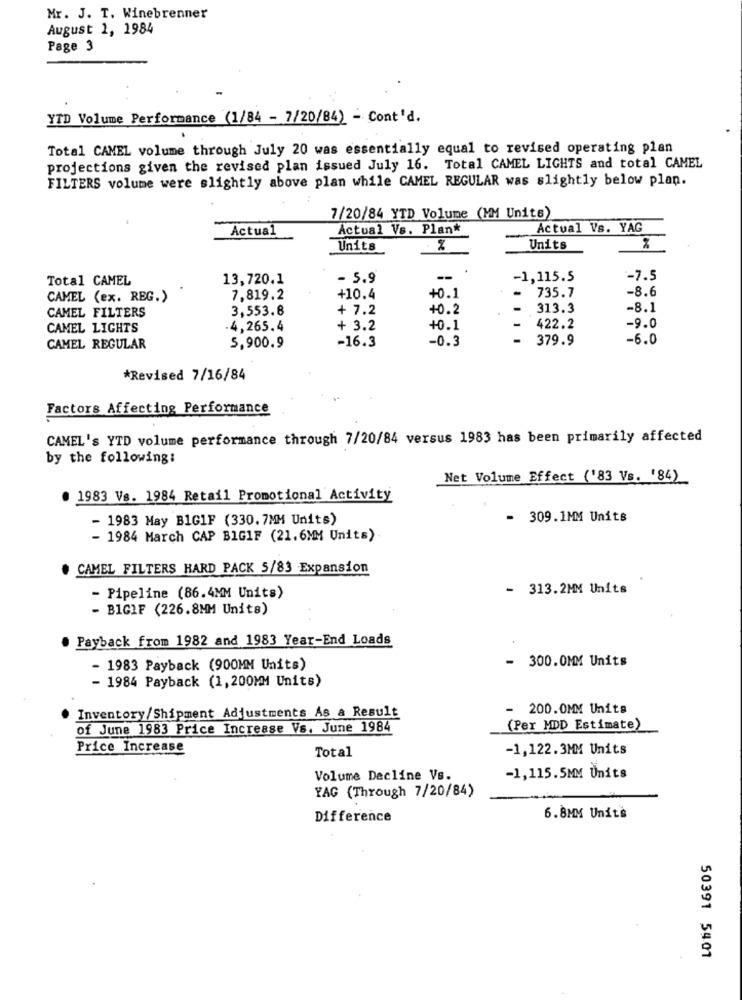
Mr. J. T. Winebrenner
August 1, 1984
Page 3
YTD Volume Performance (1/84 - 7/20/84) - Cont'd.
Total CAMEL volume through July 20 was essentially equal to revised operating plan
projections given the revised plan issued July 16. Total CAMEL LIGHTS and total CAMEL
FILTERS volume were slightly above plan while CAMEL REGULAR was slightly below plan.
7/20/84 YTD Volume (MM Units)
Actual
Actual Vs. Plan*
Actual Vs. YAG
Units
%
Units
%
Total CAMEL
13,720.1
- 5.9
--
-1,115.5
-7.5
CAMEL (ex. REG.)
7,819.2
+10.4
+0.1
735.7
-8.6
CAMEL FILTERS
3,553.8
+ 7.2
+0.2
313.3
-8.1
-
CAMEL LIGHTS
4,265.4
+ 3.2
+0.1
422.2
-9.0
-16.3
-0.3
-
379.9
-6.0
CAMEL REGULAR
5,900.9
*Revised 7/16/84
Factors Affecting Performance
CAMEL's YTD volume performance through 7/20/84 versus 1983 has been primarily affected
by the following:
Net Volume Effect ('83 Vs. '84)
. 1983 Vs. 1984 Retail Promotional Activity
- 1983 May BIGIF (330.7MM Units)
- 309.1MM Units
- 1984 March CAP BIGIF (21.6MM Units)
CAMEL FILTERS HARD PACK 5/83 Expansion
- 313.2MM Units
- Pipeline (86.4MM Units)
- BIGIF (226.8MM Units)
Payback from 1982 and 1983 Year-End Loads
-
300.0MM Units
- 1983 Payback (900MM Units)
- 1984 Payback (1,200MM Units)
- 200.0MM Units
Inventory/Shipment Adjustments As a Result
of June 1983 Price Increase Vs. June 1984
(Per MDD Estimate)
Price Increase
Total
-1,122.3MM Units
Volume Decline Vs.
-1,115.5MM Units
YAG (Through 7/20/84)
Difference
6.8MM Units
50391 5401